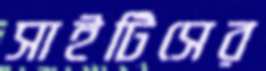
সাইটিসের